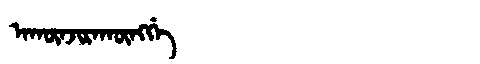
Manchu: ᠠᡴᡡᠨᠵᡳᡵᠠᡴᡡᠩᡤᡝ
Romanization: AKŪNJIRAKŪNGGE